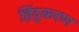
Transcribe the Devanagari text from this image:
हिंदुकरण